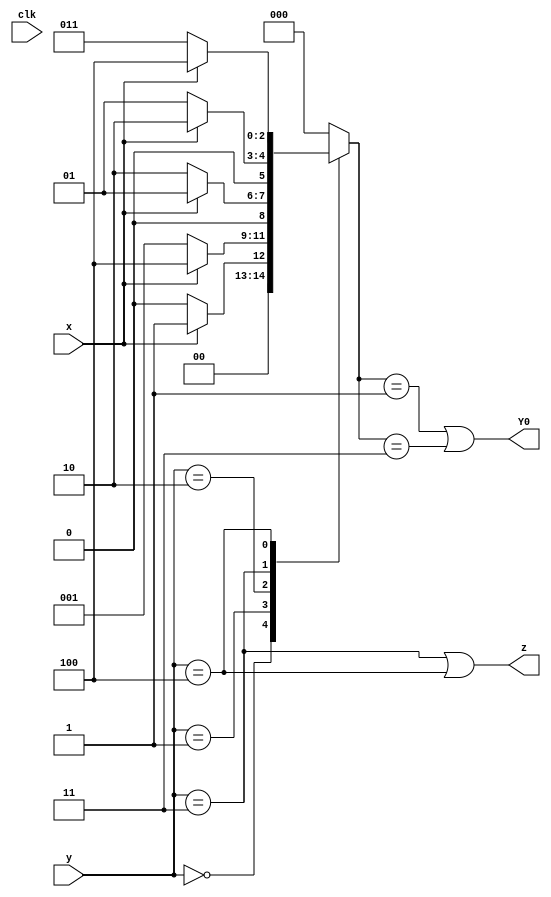
module top_module (
    input clk,
    input [2:0] y,
    input x,
    output Y0,
    output z
);
    
	parameter S0=0, S1=1, S2=2, S3=3, S4=4;
    reg [2:0] state, next_state;
    
    always @(*) begin
        case(y )
            S0: next_state = x ? S1 : S0;
            S1: next_state = x ? S4 : S1;
            S2: next_state = x ? S1 : S2;
            S3: next_state = x ? S2 : S1;
            S4: next_state = x ? S4 : S3;
            default: next_state = S0;
        endcase
    end
    
    assign z = y == S3 | y == S4;
    assign Y0 = next_state == S1 | next_state == S3;

    // Alternative
    // assign Y0 = x&y == 0 | ~x & y == 1 | x & y == 2 | ~x & y == 3 | ~x & y == 4;
	// assign z = y == S3 | y == S4;
    
endmodule